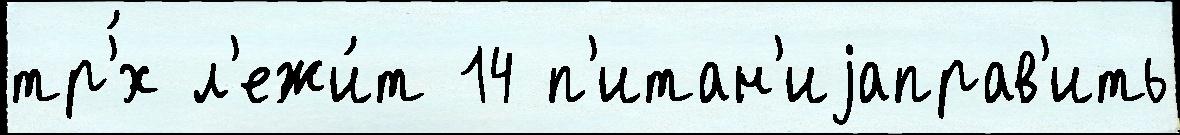
тр'́х л'ежи́т 14 п'итан'иjаправ'ить